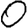
Digit: 0